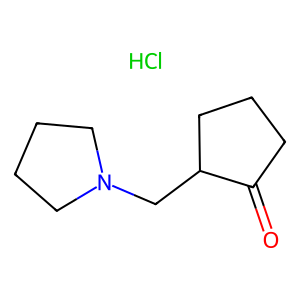
SMILES: Cl.O=C1CCCC1CN1CCCC1
Inhibits HIV replication: No